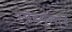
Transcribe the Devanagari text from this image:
स्पॅच्युलाने